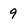
Character: 9